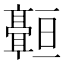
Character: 𬴠